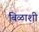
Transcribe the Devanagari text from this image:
बिळाशी